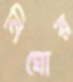
নিঘোর